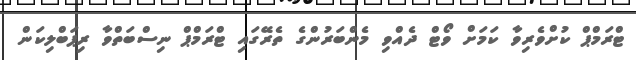
ޓްރަމްޕް ކުށްވެރިވާ ކަމަށް ވޯޓް ދެއްވި މެންބަރުންގެ ތެރޭގައި ޓްރަމްޕް ނިސްބަތްވާ ރިޕަބްލިކަން